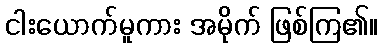
ငါးယောက်မူကား အမိုက် ဖြစ်ကြ၏။